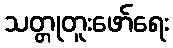
သတ္တုတူးဖော်ရေး